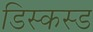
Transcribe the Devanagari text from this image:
डिस्कस्ड